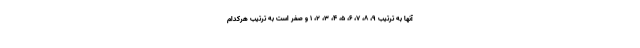
آنها به ترتیب ۹، ۸، ۷، ۶، ۵، ۴، ۳، ۲، ۱ و صفر است به ترتیب هرکدام